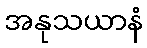
အနုသယာနံ